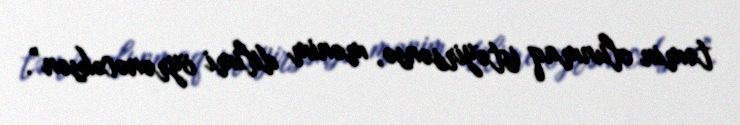
təmin olunmaq istəyirsənsə, mənim dilimi öyrənəcəksən”.